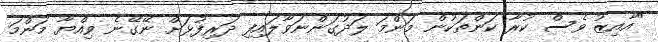
"އާއިޒު ވެސް ކުރާ ކަންތަކުން މަންމަ ލަދުގަންނަވާލައިފި ދަރިފުޅަށް ނޭގޭނެ ވިއްޔާ މަންމަ